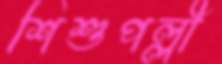
শিশুপল্লী